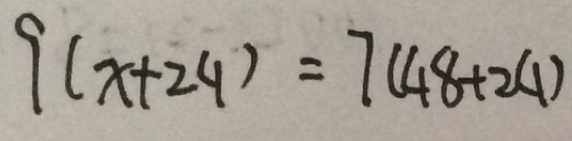
9 ( x + 2 4 ) = 7 ( 4 8 + 2 4 )